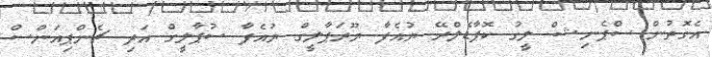
އެގޮތުން ސްޕެނިޝް ލީގު ކޮޕާޑެލްރޭ ޔުއެފާ ޔޫރަޕާލީގް ޔުއެފާ ސުޕާލީގް އަދި ޗެންޕިއަންސް